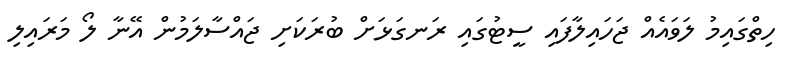
ހިތްގައިމު ލަވައެއް ޖަހައިލާފައި ސީޓުގައި ރަނގަޅަށް ބުރަކަށި ޖައްސާލަމުން އޭނާ ލޯ މަރައިލި